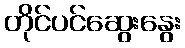
တိုင်ပင်ဆွေးနွေး